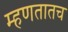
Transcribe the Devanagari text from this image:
म्हणतातच